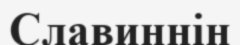
Славиннің